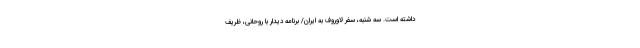
داشته است. سه شنبه، سفر لاوروف به ایران/ برنامه دیدار با روحانی، ظریف